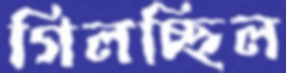
গিলচ্ছিল